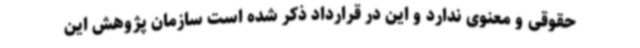
حقوقی و معنوی ندارد و این در قرارداد ذکر شده است سازمان پژوهش این